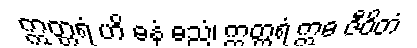
ဣတ္တရံ ဟိ ဓနံ ဓညံ၊ ဣတ္တရံ ဣဓ ဇီဝိတံ